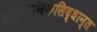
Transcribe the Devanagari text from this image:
दार्शनिकसिद्धान्त